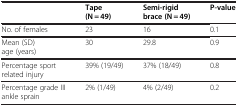
|  | Tape (N = 49) | Semi-rigid brace (N = 49) | P-value |
 | --- | --- | --- | --- |
 | No. of females | 23 | 16 | 0.1 |
 | Mean (SD) age (years) | 30 | 29.8 | 0.9 |
 | Percentage sport related injury | 39% (19/49) | 37% (18/49) | 0.8 |
 | Percentage grade III ankle sprain | 2% (1/49) | 4% (2/49) | 0.2 |